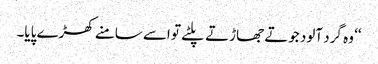
‘‘ وہ گرد آلود جوتے جھاڑتے پلٹے تو اسے سامنے کھڑے پایا۔